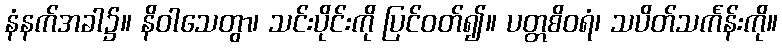
နံနက်အခါ၌။ နိဝါသေတွာ၊ သင်းပိုင်းကို ပြင်ဝတ်၍။ ပတ္တစိဝရံ၊ သပိတ်သင်္ကန်းကို။